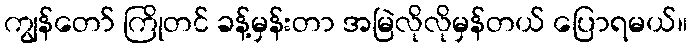
ကျွန်တော် ကြိုတင် ခန့်မှန်းတာ အမြဲလိုလိုမှန်တယ် ပြောရမယ်။